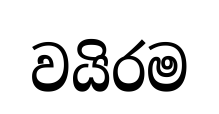
වයිරම